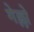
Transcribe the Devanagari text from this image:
गेल्लो